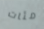
مئات